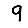
Digit: 9